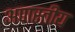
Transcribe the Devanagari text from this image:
अपास्तीय